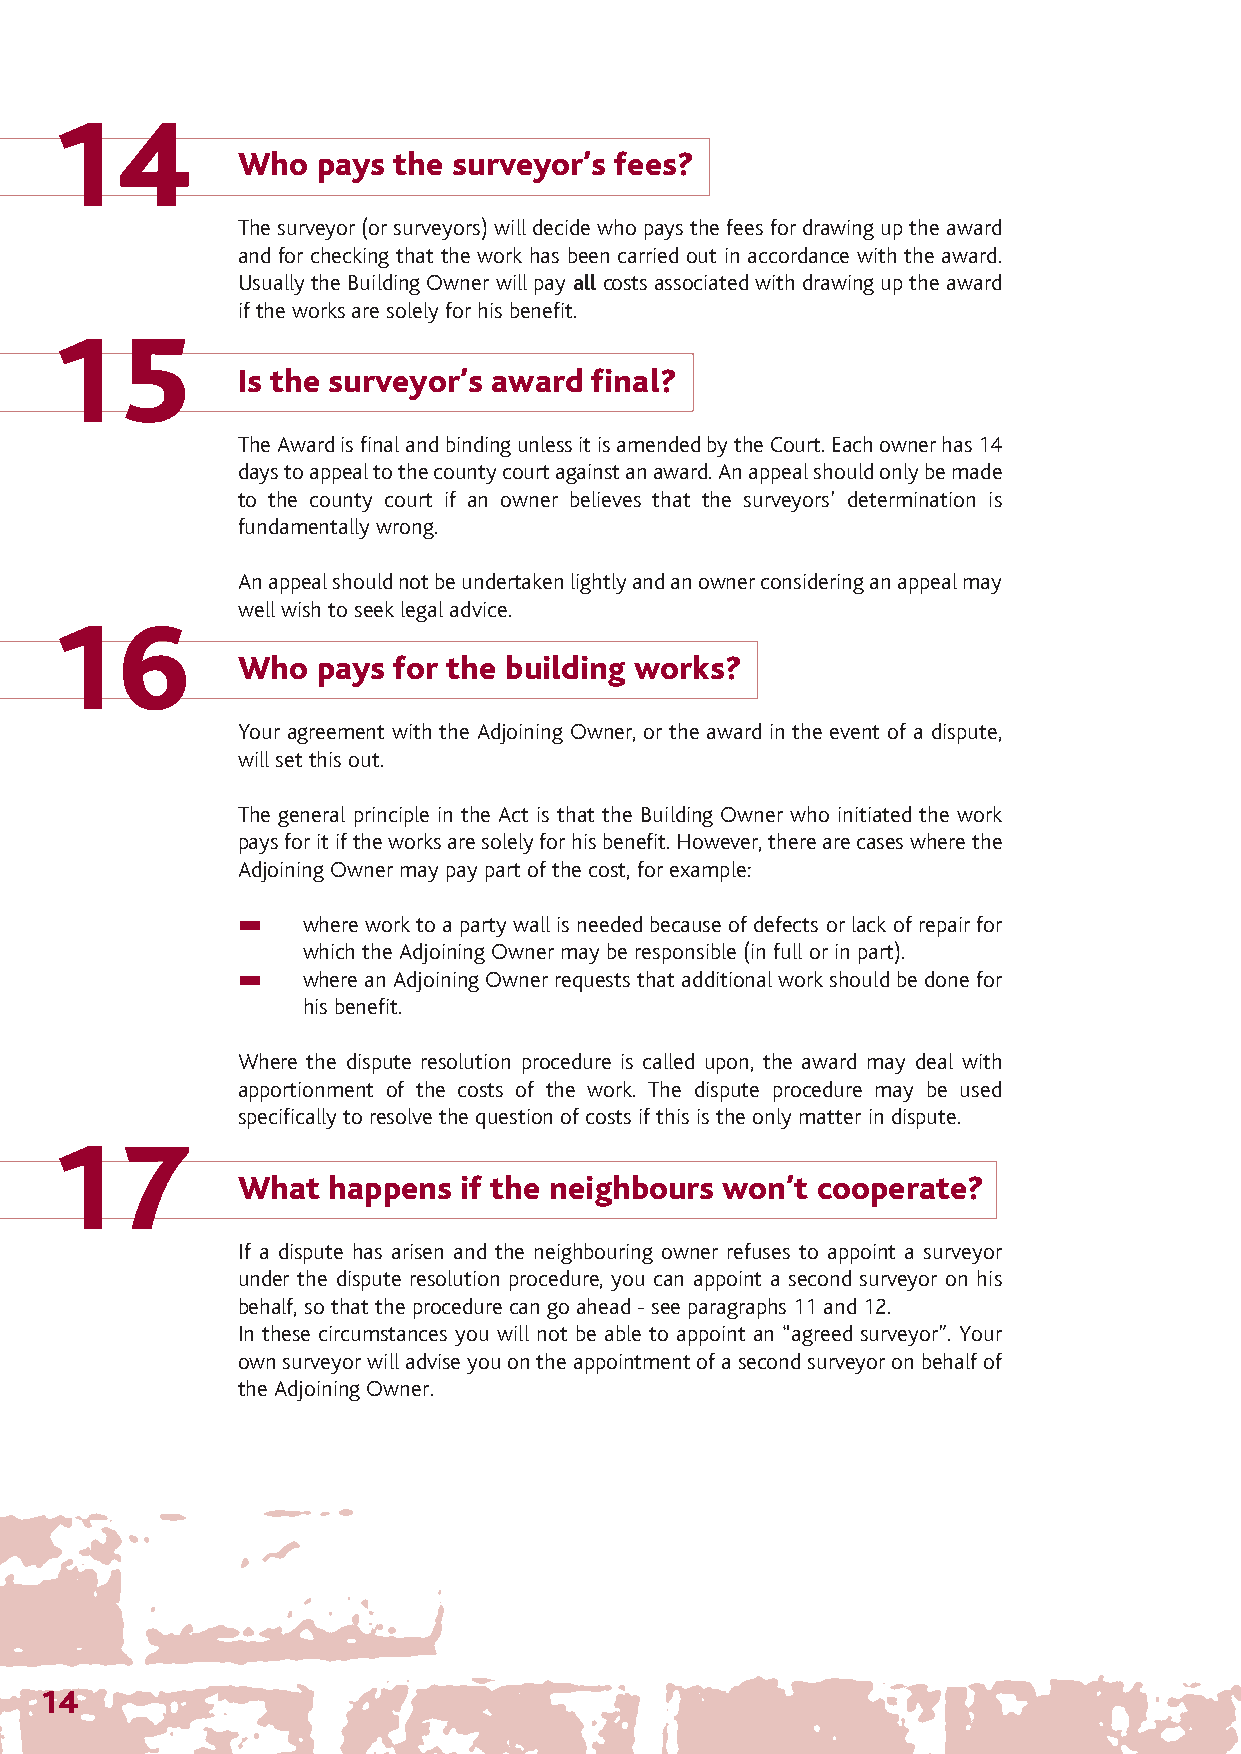
The Party Wall 12/4/07 14:28 Page 17
 14
 Who  pays the surveyor’s fees?
 The surveyor (or surveyors) will decide who pays the fees for drawing up the award
 and for checking that the work has been carried out in accordance with the award.
 Usually the Building Owner will pay allcosts associated with drawing up the award
 if the works are solely for his benefit.
 15
 Is the surveyor’s award final?
 The Award is final and binding unless it is amended by the Court. Each owner has 14
 days to appeal to the county court against an award. An appeal should only be made
 to the county court if an owner believes that the surveyors’ determination is
 fundamentally wrong.
 An appeal should not be undertaken lightly and an owner considering an appeal may
 well wish to seek legal advice.
 16
 Who  pays for the building works?
 Your agreement with the Adjoining Owner, or the award in the event of a dispute,
 will set this out.
 The general principle in the Act is that the Building Owner who initiated the work
 pays for it if the works are solely for his benefit. However, there are cases where the
 Adjoining Owner may pay part of the cost, for example:
 where work to a party wall is needed because of defects or lack of repair for
 which the Adjoining Owner may be responsible (in full or in part).
 where an Adjoining Owner requests that additional work should be done for
 his benefit.
 Where the dispute resolution procedure is called upon, the award may deal with
 apportionment of the costs of the work. The dispute procedure may be used
 specifically to resolve the question of costs if this is the only matter in dispute.
 17
 What  happens if the neighbours won’t cooperate?
 If a dispute has arisen and the neighbouring owner refuses to appoint a surveyor
 under the dispute resolution procedure, you can appoint a second surveyor on his
 behalf, so that the procedure can go ahead - see paragraphs 11 and 12.
 In these circumstances you will not be able to appoint an “agreed surveyor”. Your
 own surveyor will advise you on the appointment of a second surveyor on behalf of
 the Adjoining Owner.
 14